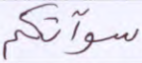
سوآتكم